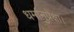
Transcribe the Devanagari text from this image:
धर्मानुप्रेक्षा।